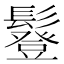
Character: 𩯇